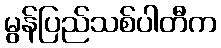
မွန်ပြည်သစ်ပါတီက